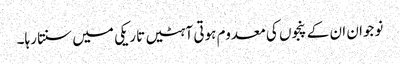
نوجوان ان کے پنجوں کی معدوم ہوتی آہٹیں تاریکی میں سنتا رہا۔